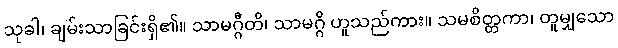
သုခါ၊ ချမ်းသာခြင်းရှိ၏။ သာမဂ္ဂီတိ၊ သာမဂ္ဂိ ဟူသည်ကား။ သမစိတ္တကာ၊ တူမျှသော